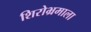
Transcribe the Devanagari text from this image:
शिरोभ्रमाला